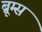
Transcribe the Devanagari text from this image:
ब्रूम्स